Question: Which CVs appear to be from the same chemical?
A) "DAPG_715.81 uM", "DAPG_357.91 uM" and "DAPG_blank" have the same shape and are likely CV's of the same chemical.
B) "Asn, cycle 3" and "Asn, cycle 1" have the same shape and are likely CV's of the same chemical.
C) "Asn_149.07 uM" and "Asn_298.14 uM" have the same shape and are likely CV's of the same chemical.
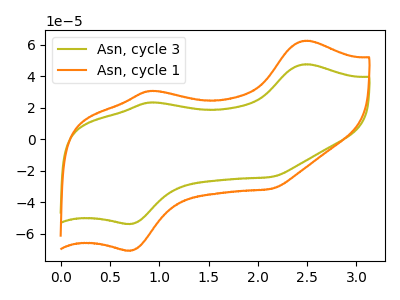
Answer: <think>The olive curve "Asn, cycle 3" has anodic peaks at (2.50V, 47.60uA) (0.90V, 23.35uA) and cathodic peaks at (0.70V, -53.80uA) (2.15V, -24.00uA). The orange curve "Asn, cycle 1" has anodic peaks at (2.50V, 62.55uA) (0.90V, 30.70uA) and cathodic peaks at (0.70V, -70.70uA) (2.15V, -31.55uA).
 All the peaks in "Asn, cycle 3" have a peak in "Asn, cycle 1" at the same potential. Every peak in "Asn, cycle 3" is lower than every peak in "Asn, cycle 1".</think>
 <answer>B) "Asn, cycle 3" and "Asn, cycle 1" have the same shape and are likely CV's of the same chemical.</answer>
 <eval>B</eval>